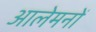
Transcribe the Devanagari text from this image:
आलेमनों